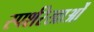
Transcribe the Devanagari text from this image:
स्पर्शरेखाओं